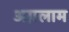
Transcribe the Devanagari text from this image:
अग़लाम